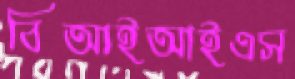
বিআইআইএস